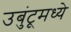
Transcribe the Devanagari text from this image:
उबुंटूमध्ये